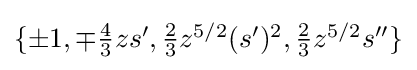
{\textstyle \{\pm 1,\mp {\frac {4}{3}}zs^{\prime },{\frac {2}{3}}z^{5/2}(s^{\prime })^{2},{\frac {2}{3}}z^{5/2}s^{\prime \prime }\}}